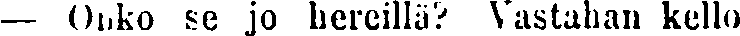
— Onko se jo hereillä Vastahan kello